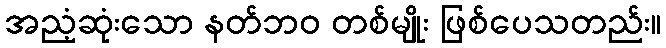
အညံ့ဆုံးသော နတ်ဘဝ တစ်မျိုး ဖြစ်ပေသတည်း။